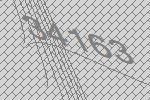
34163